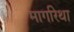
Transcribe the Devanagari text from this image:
मार्गारेथा